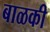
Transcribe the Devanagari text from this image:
बाळकी